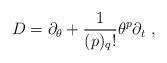
LaTeX: \begin{align*}D=\partial_{\theta } +\frac{1}{(p)_ {q}!}\theta^{p}\partial_{t}\ ,\end{align*}